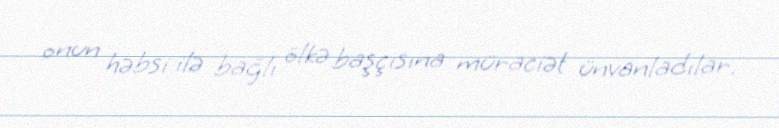
onun həbsi ilə bağlı ölkə başçısına müraciət ünvanladılar.